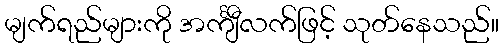
မျက်ရည်များကို အင်္ကျီလက်ဖြင့် သုတ်နေသည်။